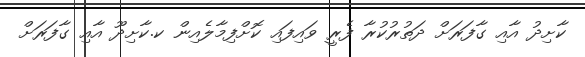
ކާށިދު އާއި ގާފަރަށް ދަތުރުކުރާ ފެރީ ވައިފައި ކޮށްފިމާލެއިން ކ.ކާށިދޫ އާއި ގާފަރަށް